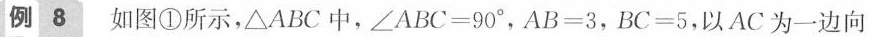
例8 如图①所示，△ABC中，$$∠ABC=90°$$，$$AB=3$$，$$BC=5$$，以AC为一边向